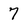
Character: 7